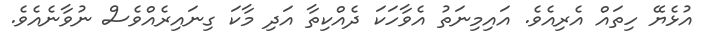
އުޅެޔޭ ހިތައް އެރިއެވެ. އައިމިނަތު އެވާހަކަ ދެއްކިތާ އަދި މާކަ ގިނައިރެއްވެސް ނުވާނެއެވެ.